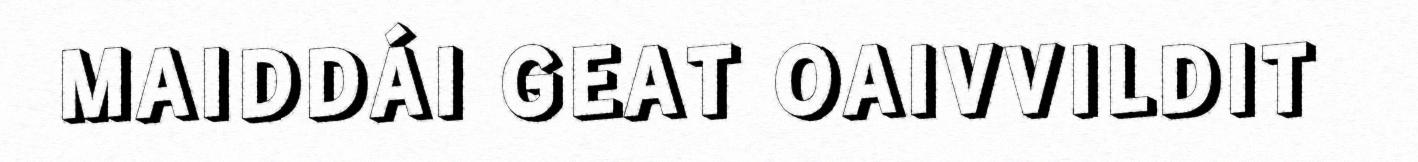
MAIDDÁI GEAT OAIVVILDIT